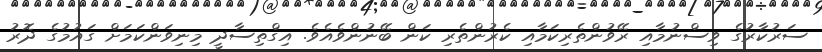
ސަރުކާރުގެ ވިސްނުމާއި ރޭވުންތެރިކަމާއި ކެރުންތެރި ކަން ބޭނުންވެއެވެ. އިގްތިސާދީ މިނިވަންކަމަށް ގައުމުގެ ދޮރު